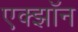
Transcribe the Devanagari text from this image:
एक्झॉन